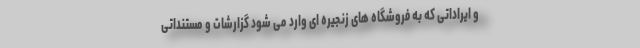
و ایراداتی که به فروشگاه های زنجیره ای وارد می شود گزارشات و مستنداتی